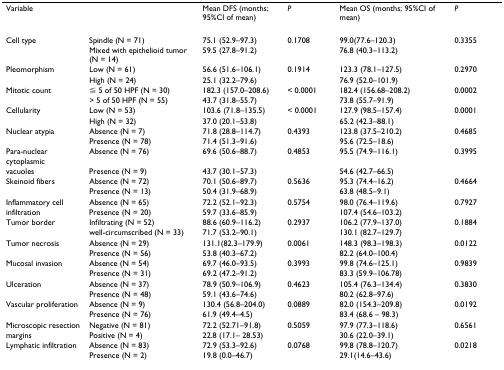
<table><thead><tr><td><b>Variable</b></td><td></td><td><b>Mean DFS (months; 95%CI of mean)</b></td><td><b><i>P</i></b></td><td><b>Mean OS (months; 95%CI of mean)</b></td><td><b><i>P</i></b></td></tr></thead><tbody><tr><td>Cell type</td><td>Spindle (N = 71)</td><td>75.1 (52.9–97.3)</td><td>0.1708</td><td>99.0(77.6–120.3)</td><td>0.3355</td></tr><tr><td></td><td>Mixed with epithelioid tumor (N = 14)</td><td>59.5 (27.8–91.2)</td><td></td><td>76.8 (40.3–113.2)</td><td></td></tr><tr><td>Pleomorphism</td><td>Low (N = 61)</td><td>56.6 (51.6–106.1)</td><td>0.1914</td><td>123.3 (78.1–127.5)</td><td>0.2970</td></tr><tr><td></td><td>High (N = 24)</td><td>25.1 (32.2–79.6)</td><td></td><td>76.9 (52.0–101.9)</td><td></td></tr><tr><td>Mitotic count</td><td>≦ 5 of 50 HPF (N = 30)</td><td>182.3 (157.0–208.6)</td><td>&lt; 0.0001</td><td>182.4 (156.68–208.2)</td><td>0.0002</td></tr><tr><td></td><td>&gt; 5 of 50 HPF (N = 55)</td><td>43.7 (31.8–55.7)</td><td></td><td>73.8 (55.7–91.9)</td><td></td></tr><tr><td>Cellularity</td><td>Low (N = 53)</td><td>103.6 (71.8–135.5)</td><td>&lt; 0.0001</td><td>127.9 (98.5–157.4)</td><td>0.0001</td></tr><tr><td></td><td>High (N = 32)</td><td>37.0 (20.1–53.8)</td><td></td><td>65.2 (42.3–88.1)</td><td></td></tr><tr><td>Nuclear atypia</td><td>Absence (N = 7)</td><td>71.8 (28.8–114.7)</td><td>0.4393</td><td>123.8 (37.5–210.2)</td><td>0.4685</td></tr><tr><td></td><td>Presence (N = 78)</td><td>71.4 (51.3–91.6)</td><td></td><td>95.6 (72.5–18.6)</td><td></td></tr><tr><td>Para-nuclear cytoplasmic</td><td>Absence (N = 76)</td><td>69.6 (50.6–88.7)</td><td>0.4853</td><td>95.5 (74.9–116.1)</td><td>0.3995</td></tr><tr><td>vacuoles</td><td>Presence (N = 9)</td><td>43.7 (30.1–57.3)</td><td></td><td>54.6 (42.7–66.5)</td><td></td></tr><tr><td>Skeinoid fibers</td><td>Absence (N = 72)</td><td>70.1 (50.6–89.7)</td><td>0.5636</td><td>95.3 (74.4–16.2)</td><td>0.4664</td></tr><tr><td></td><td>Presence (N = 13)</td><td>50.4 (31.9–68.9)</td><td></td><td>63.8 (48.5–9.1)</td><td></td></tr><tr><td>Inflammatory cell</td><td>Absence (N = 65)</td><td>72.2 (52.1–92.3)</td><td>0.5754</td><td>98.0 (76.4–119.6)</td><td>0.7927</td></tr><tr><td>infiltration</td><td>Presence (N = 20)</td><td>59.7 (33.6–85.9)</td><td></td><td>107.4 (54.6–103.2)</td><td></td></tr><tr><td>Tumor border</td><td>Infiltrating (N = 52)</td><td>88.6 (60.9–116.2)</td><td>0.2937</td><td>106.2 (77.9–137.0)</td><td>0.1884</td></tr><tr><td></td><td>well-circumscribed (N = 33)</td><td>71.7 (53.2–90.1)</td><td></td><td>130.1 (82.7–129.7)</td><td></td></tr><tr><td>Tumor necrosis</td><td>Absence (N = 29)</td><td>131.1(82.3–179.9)</td><td>0.0061</td><td>148.3 (98.3–198.3)</td><td>0.0122</td></tr><tr><td></td><td>Presence (N = 56)</td><td>53.8 (40.3–67.2)</td><td></td><td>82.2 (64.0–100.4)</td><td></td></tr><tr><td>Mucosal invasion</td><td>Absence (N = 54)</td><td>69.7 (46.0–93.5)</td><td>0.3993</td><td>99.8 (74.6–125.1)</td><td>0.9839</td></tr><tr><td></td><td>Presence (N = 31)</td><td>69.2 (47.2–91.2)</td><td></td><td>83.3 (59.9–106.78)</td><td></td></tr><tr><td>Ulceration</td><td>Absence (N = 37)</td><td>78.9 (50.9–106.9)</td><td>0.4623</td><td>105.4 (76.3–134.4)</td><td>0.3830</td></tr><tr><td></td><td>Presence (N = 48)</td><td>59.1 (43.6–74.6)</td><td></td><td>80.2 (62.8–97.6)</td><td></td></tr><tr><td>Vascular proliferation</td><td>Absence (N = 9)</td><td>130.4 (56.8–204.0)</td><td>0.0889</td><td>82.0 (154.3–209.8)</td><td>0.0192</td></tr><tr><td></td><td>Presence (N = 76)</td><td>61.9 (49.4–4.5)</td><td></td><td>83.4 (68.6 – 98.3)</td><td></td></tr><tr><td>Microscopic resection</td><td>Negative (N = 81)</td><td>72.2 (52.71–91.8)</td><td>0.5059</td><td>97.9 (77.3–118.6)</td><td>0.6561</td></tr><tr><td>margins</td><td>Positive (N = 4)</td><td>22.8 (17.1– 28.53)</td><td></td><td>30.6 (22.0–39.1)</td><td></td></tr><tr><td>Lymphatic infiltration</td><td>Absence (N = 83)</td><td>72.9 (53.3–92.6)</td><td>0.0768</td><td>99.8 (78.8–120.7)</td><td>0.0218</td></tr><tr><td></td><td>Presence (N = 2)</td><td>19.8 (0.0–46.7)</td><td></td><td>29.1(14.6–43.6)</td><td></td></tr></tbody></table>